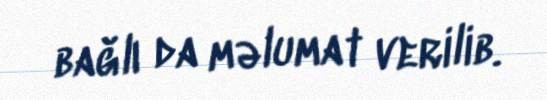
bağlı da məlumat verilib.